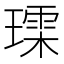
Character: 𮴳